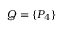
Q = \{ P _ { 4 } \}